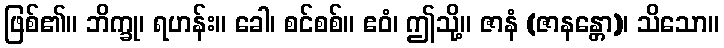
ဖြစ်၏။ ဘိက္ခု၊ ရဟန်း။ ခေါ၊ စင်စစ်။ ဧဝံ၊ ဤသို့။ ဇာနံ (ဇာနန္တော)၊ သိသော။